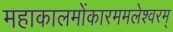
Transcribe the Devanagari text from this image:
महाकालमोंकारममलेश्वरम्